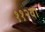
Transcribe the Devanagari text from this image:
११२वा